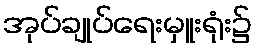
အုပ်ချုပ်ရေးမှူးရုံး၌